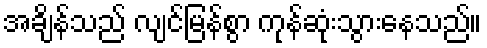
အချိန်သည် လျင်မြန်စွာ ကုန်ဆုံးသွားနေသည်။